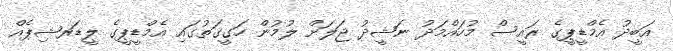
އަބީދު އެމްޑީޕީގެ ރައީސް މުހައްމަދު ނަޝީދު ޖަލަށް ލުމުން ހަގީގަތުގައި އެމްޑީޕީގެ ލީޑަރޝިޕެއް